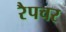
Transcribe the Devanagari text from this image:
रैपचर